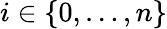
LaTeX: i\in\{ 0,\ldots,n\}